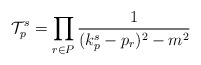
\begin{align*}{\cal T}_p^s= \prod_{r \in P} \frac{1}{(k_p^s-p_r)^2-m^2}\end{align*}